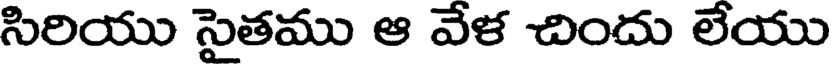
సిరియు సైతము ఆ వేళ చిందు లేయు